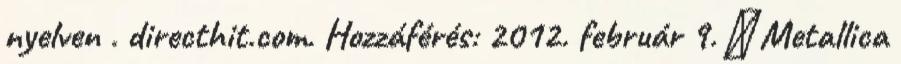
nyelven . directhit.com. Hozzáférés: 2012. február 9. ↑ Metallica